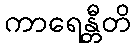
ကာရေန္တီတိ